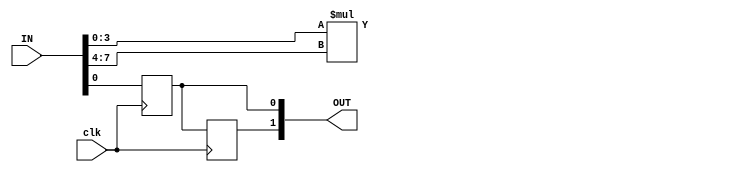
module mul(IN, OUT, clk);
	// FPGA IOs (for standard test IO harness)
    input [127:0] IN;
	output reg [127:0] OUT;
    input clk;

    // Tesit circut IO wires
    wire [3:0] A, B;
	wire [7:0] O;
    reg R0, R0_1;

    // Assign to FPGA IO
    assign A = IN[3:0];
    assign B = IN[7:4];
    always @(*) begin
        //OUT = 0;
        OUT[39:32] = O;
        OUT[0] = R0_1;
        OUT[1] = R0;
    end
    
	always @(posedge clk) begin
			R0_1 <= A[0];
            R0 <= R0_1;
	end

    assign O = A*B;

endmodule